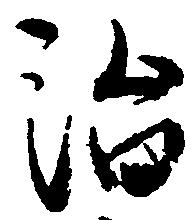
治